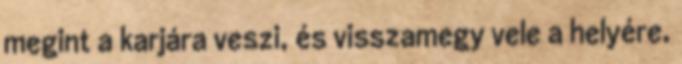
megint a karjára veszi, és visszamegy vele a helyére,